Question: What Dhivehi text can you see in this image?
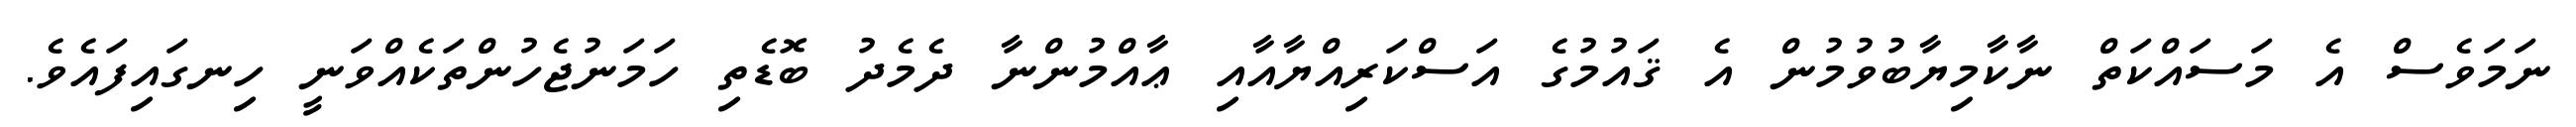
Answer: ނަމަވެސް އެ މަސައްކަތް ނާކާމިޔާބުވުމުން އެ ޤައުމުގެ އަސްކަރިއްޔާއާއި ޢާއްމުންނާ ދެމެދު ބޮޑެތި ހަމަނުޖެހުންތަކެއްވަނީ ހިނގައިފައެވެ.